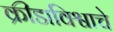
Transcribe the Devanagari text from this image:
क्रीडाविश्वाचे